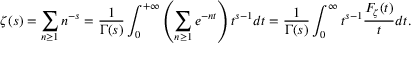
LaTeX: \zeta ( s ) = \sum _ { n \geq 1 } n ^ { - s } = { \frac { 1 } { \Gamma ( s ) } } \int _ { 0 } ^ { + \infty } \left( \sum _ { n \geq 1 } e ^ { - n t } \right) t ^ { s - 1 } d t = { \frac { 1 } { \Gamma ( s ) } } \int _ { 0 } ^ { \infty } t ^ { s - 1 } { \frac { F _ { \zeta } ( t ) } { t } } d t .